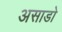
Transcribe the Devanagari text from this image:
असाडो